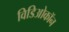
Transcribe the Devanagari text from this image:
विडिओकॉन